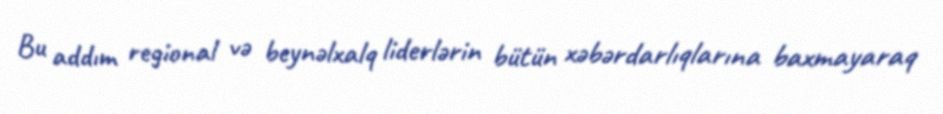
Bu addım regional və beynəlxalq liderlərin bütün xəbərdarlıqlarına baxmayaraq